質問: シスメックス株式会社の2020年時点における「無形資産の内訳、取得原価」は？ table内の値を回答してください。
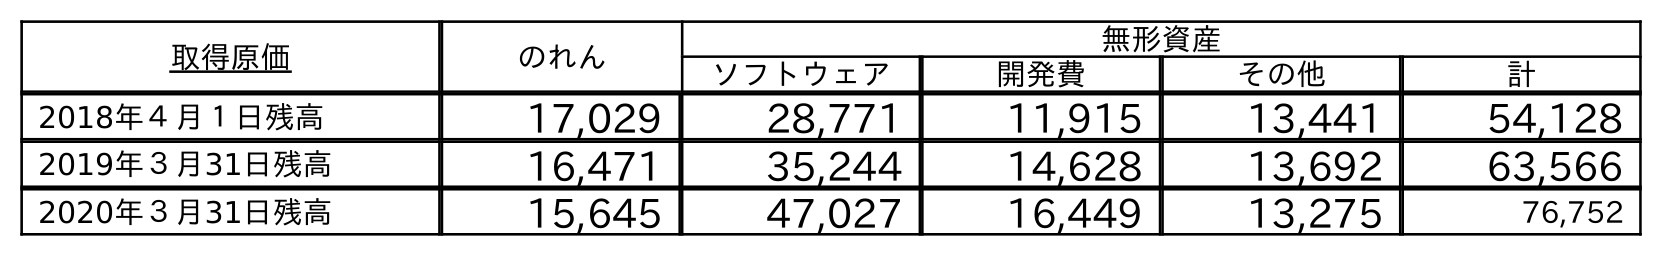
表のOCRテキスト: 取得原価 のれん 無形資産 ソフトウェア 開発費 その他 計 2018年４月１日残高 17,029 28,771 11,915 13,441 54,128 2019年３月31日残高 16,471 35,244 14,628 13,692 63,566 2020年３月31日残高 15,645 47,027 16,449 13,275 76,752
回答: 76,752